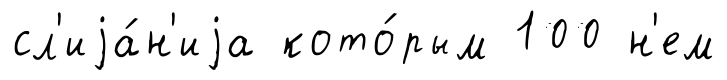
сл'иjа́н'иjа кото́рым 100 н'ем